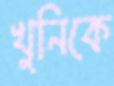
খুনিকে